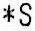
*S